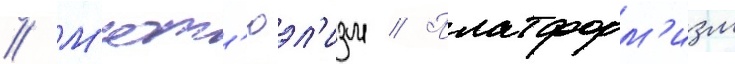
// М'ют'юэл'изм // Платформ'изм